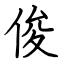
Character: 俊